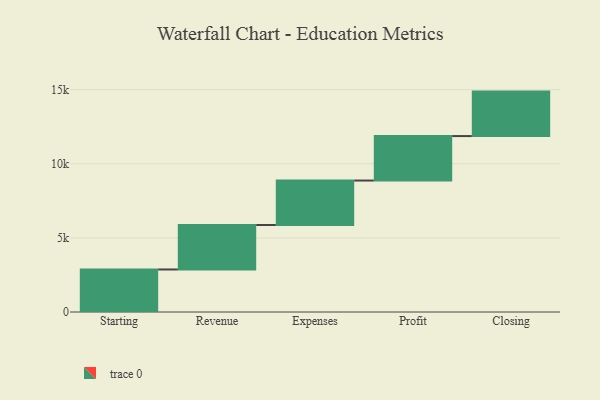
{"axis": {"x": "Step", "y": "Value"}, "legend": [""], "data": [{"x": "Starting", "y": 2869.0, "type": ""}, {"x": "Revenue", "y": 3000, "type": ""}, {"x": "Expenses", "y": 3000, "type": ""}, {"x": "Profit", "y": 3000, "type": ""}, {"x": "Closing", "y": 3000, "type": ""}]}